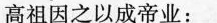
高祖因之以成帝业